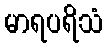
မာရပရိသံ